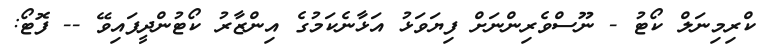
ކްރިމިނަލް ކޯޓު - ނޫސްވެރިންނަށް ފިޔަވަޅު އަޅާނެކަމުގެ އިންޒާރު ކޯޓުންދީފައިވޭ -- ފޮޓޯ: